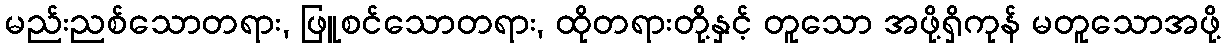
မည်းညစ်သောတရား, ဖြူစင်သောတရား, ထိုတရားတို့နှင့် တူသော အဖို့ရှိကုန် မတူသောအဖို့